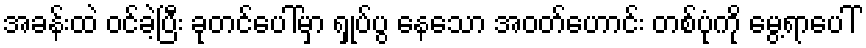
အခန်းထဲ ဝင်ခဲ့ပြီး ခုတင်ပေါ်မှာ ရှုပ်ပွ နေသော အဝတ်ဟောင်း တစ်ပုံကို မွေ့ရာပေါ်